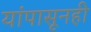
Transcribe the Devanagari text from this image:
यांपासूनही